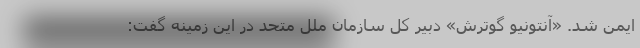
ایمن شد. «آنتونیو گوترش» دبیر کل سازمان ملل متحد در این زمینه گفت: